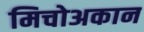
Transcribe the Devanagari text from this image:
मिचोअकान